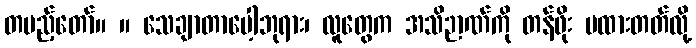
တပည့်တော်။ ။ သေချာတာပေါ့ဘုရား၊ လူတွေက အသိဉာဏ်ကို တန်ဖိုး မထားတတ်လို့